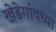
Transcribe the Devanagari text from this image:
खेडेगांवच्या